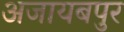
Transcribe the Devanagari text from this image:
अजायबपुर